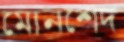
মোনশেদ